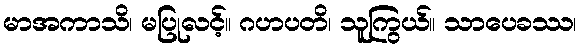
မာအကာသိ၊ မပြုလင့်။ ဂဟပတိ၊ သူကြွယ်။ သာပေခဿ၊